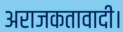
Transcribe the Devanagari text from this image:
अराजकतावादी।